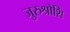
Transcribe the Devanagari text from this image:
जुरुश्रोशि